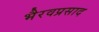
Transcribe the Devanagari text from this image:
भैरवप्रसाद